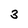
Character: 3